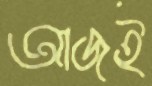
আজই